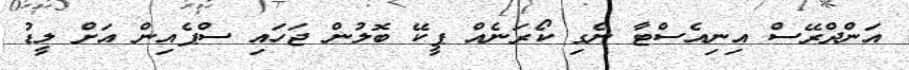
އަންދްރޭސް އިނިއެސްޓާ ނެގި ކޯރަނެއް ޕީކޭ ބޮލުން ޖަހައި ސްޕެއިން އަށް ލީޑު